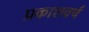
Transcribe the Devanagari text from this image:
प्रकाशवर्षं